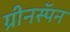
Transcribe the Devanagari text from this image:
ग्रीनस्पॅन